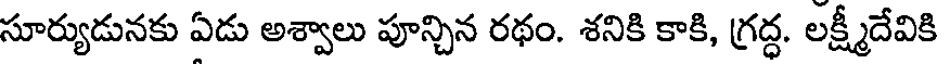
సూర్యుడునకు ఏడు అశ్వాలు పూన్చిన రథం. శనికి కాకి, గ్రద్ధ. లక్ష్మీదేవికి